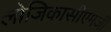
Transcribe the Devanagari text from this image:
लोजिकासीएमजी